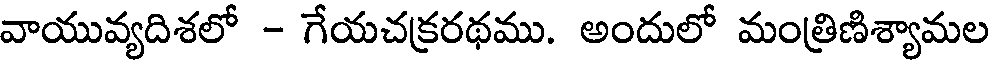
వాయువ్యదిశలో - గేయచక్రరథము. అందులో మంత్రిణిశ్యామల